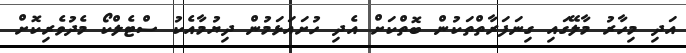
އަދި މިހާރު މާލޭގައި ގިނަފަރާތްތަކުން ބޮތްކަށް އެދި ހުށައަޅަމުން ދިޔުމާއެކު ސްޓެލްކޯ މެދުވެރިކޮށް